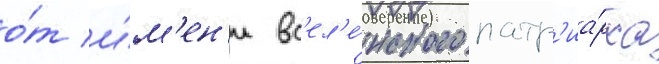
о́т и́м'ен'и вс'ел'е́нского патр'иа́рха